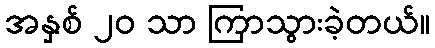
အနှစ် ၂၀ သာ ကြာသွားခဲ့တယ်။